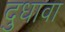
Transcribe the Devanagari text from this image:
दुधावा